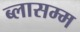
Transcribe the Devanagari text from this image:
ब्लासम्म